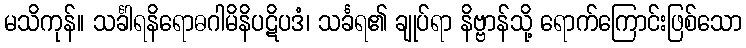
မသိကုန်။ သင်္ခါရနိရောဓဂါမိနိပဋိပဒံ၊ သင်္ခရ၏ ချုပ်ရာ နိဗ္ဗာန်သို့ ရောက်ကြောင်းဖြစ်သော